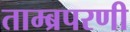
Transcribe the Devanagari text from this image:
ताम्ब्रपरणी